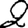
Digit: 2